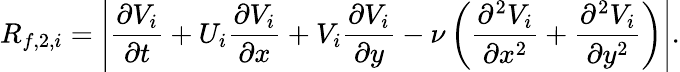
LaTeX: R_{f,2,i}=\left|\frac{\partial V_{i}}{\partial t}+U_{i}\frac{\partial V_{i}}{\partial x}+V_{i}\frac{\partial V_{i}}{\partial y}-\nu\left(\frac{\partial^{2}V_{i}}{\partial x^{2}}+\frac{\partial^{2}V_{i}}{\partial y^{2}}\right)\right|.